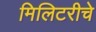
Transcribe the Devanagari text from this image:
मिलिटरीचे